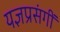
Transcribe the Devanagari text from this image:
यज्ञप्रसंगीं